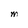
Character: M